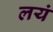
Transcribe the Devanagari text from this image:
लयं